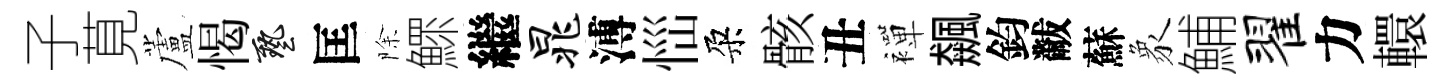
子莧蘆愒藝匡除鰥繼晁溥𢙉朶骸丑襌飆鈞黻蘇象鯆翟力轘